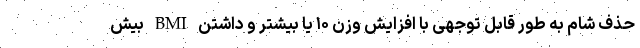
حذف شام به طور قابل توجهی با افزایش وزن ۱۰ یا بیشتر و داشتن BMI بیش